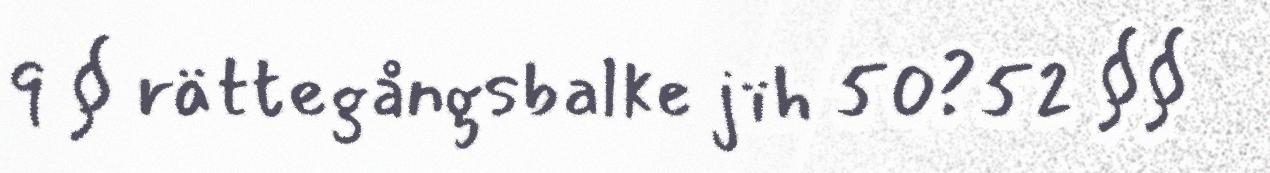
9 § rättegångsbalke jïh 50?52 §§